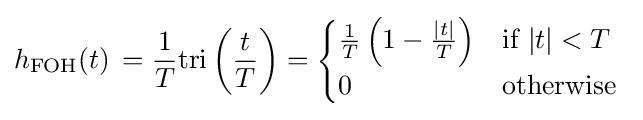
h_{\mathrm {FOH} }(t)\,={\frac {1}{T}}\mathrm {tri} \left({\frac {t}{T}}\right)={\begin{cases}{\frac {1}{T}}\left(1-{\frac {|t|}{T}}\right)&{\mbox{if }}|t|<T\\0&{\mbox{otherwise}}\end{cases}}\